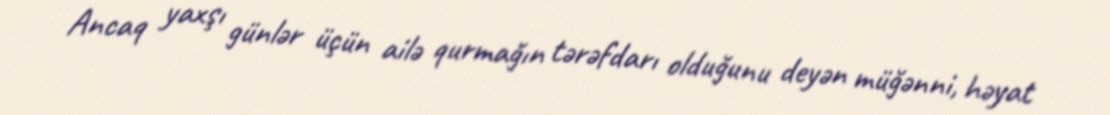
Ancaq yaxşı günlər üçün ailə qurmağın tərəfdarı olduğunu deyən müğənni, həyat